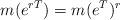
LaTeX: \begin{align*}m(e^{rT})=m(e^T)^r\end{align*}